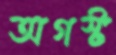
অগস্ট